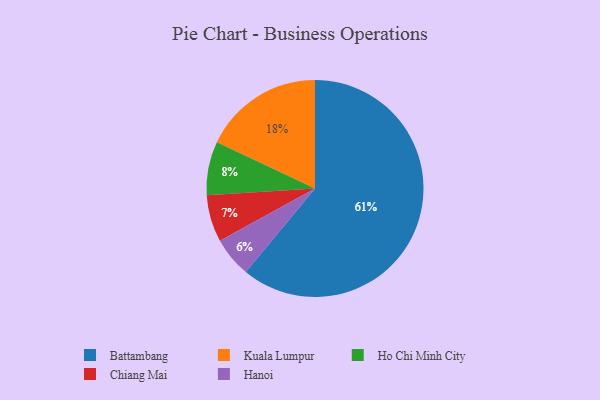
{"axis": {"x": "Category", "y": "Percentage"}, "legend": ["Battambang", "Chiang Mai", "Hanoi", "Ho Chi Minh City", "Kuala Lumpur"], "data": [{"x": "Hanoi", "y": 6, "type": "Hanoi"}, {"x": "Chiang Mai", "y": 7, "type": "Chiang Mai"}, {"x": "Kuala Lumpur", "y": 18, "type": "Kuala Lumpur"}, {"x": "Battambang", "y": 61, "type": "Battambang"}, {"x": "Ho Chi Minh City", "y": 8, "type": "Ho Chi Minh City"}]}